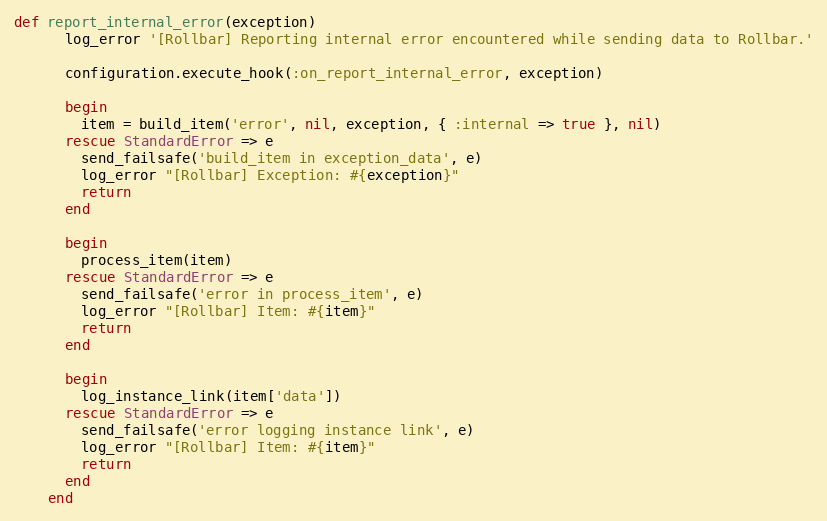
Language: Ruby
def report_internal_error(exception)
      log_error '[Rollbar] Reporting internal error encountered while sending data to Rollbar.'

      configuration.execute_hook(:on_report_internal_error, exception)

      begin
        item = build_item('error', nil, exception, { :internal => true }, nil)
      rescue StandardError => e
        send_failsafe('build_item in exception_data', e)
        log_error "[Rollbar] Exception: #{exception}"
        return
      end

      begin
        process_item(item)
      rescue StandardError => e
        send_failsafe('error in process_item', e)
        log_error "[Rollbar] Item: #{item}"
        return
      end

      begin
        log_instance_link(item['data'])
      rescue StandardError => e
        send_failsafe('error logging instance link', e)
        log_error "[Rollbar] Item: #{item}"
        return
      end
    end